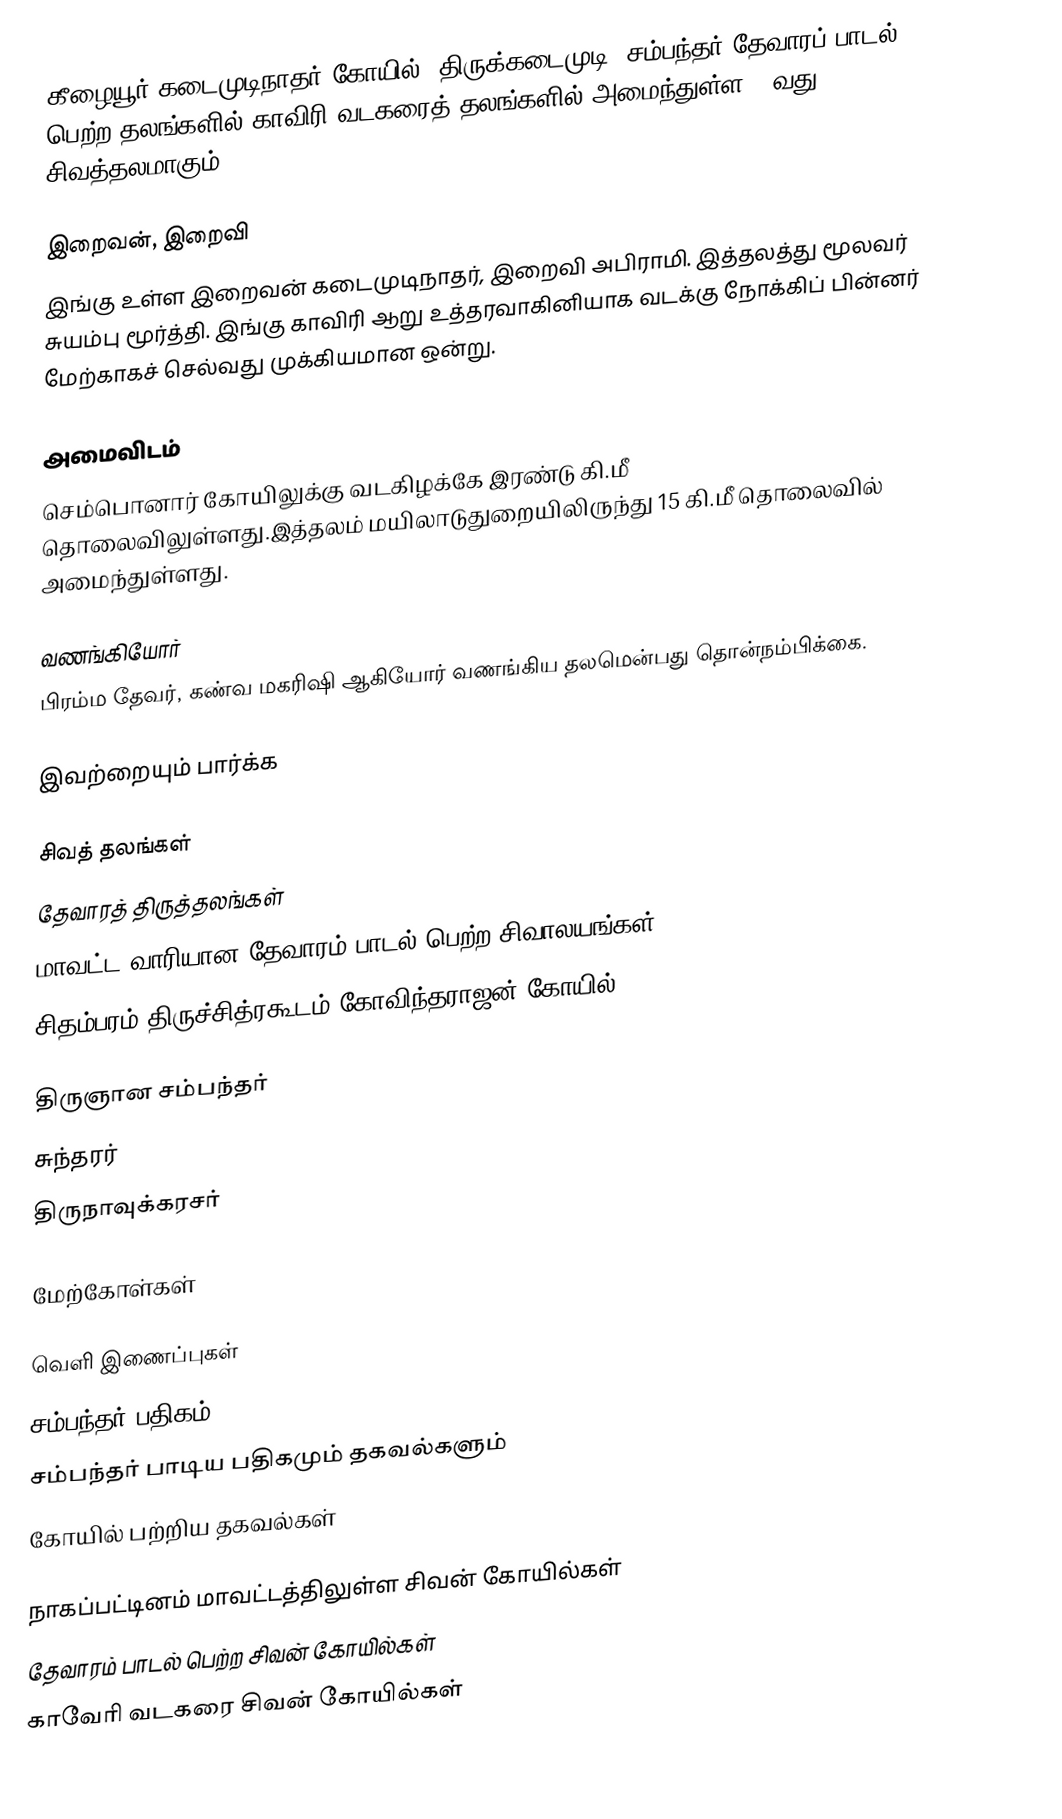
கீழையூர் கடைமுடிநாதர் கோயில் (திருக்கடைமுடி) சம்பந்தர் தேவாரப் பாடல் பெற்ற தலங்களில் காவிரி வடகரைத் தலங்களில் அமைந்துள்ள 18வது சிவத்தலமாகும்.

இறைவன், இறைவி
இங்கு உள்ள இறைவன் கடைமுடிநாதர், இறைவி அபிராமி. இத்தலத்து மூலவர் சுயம்பு மூர்த்தி. இங்கு காவிரி ஆறு உத்தரவாகினியாக வடக்கு நோக்கிப் பின்னர் மேற்காகச் செல்வது முக்கியமான ஒன்று.

அமைவிடம்
செம்பொனார் கோயிலுக்கு வடகிழக்கே இரண்டு கி.மீ தொலைவிலுள்ளது.இத்தலம்  மயிலாடுதுறையிலிருந்து 15 கி.மீ தொலைவில் அமைந்துள்ளது.

வணங்கியோர்
பிரம்ம தேவர், கண்வ மகரிஷி ஆகியோர் வணங்கிய தலமென்பது தொன்நம்பிக்கை.

இவற்றையும் பார்க்க

 சிவத் தலங்கள்
 தேவாரத் திருத்தலங்கள்
 மாவட்ட வாரியான தேவாரம் பாடல் பெற்ற சிவாலயங்கள்
 சிதம்பரம் திருச்சித்ரகூடம் கோவிந்தராஜன் கோயில்

 திருஞான சம்பந்தர்
 சுந்தரர்
 திருநாவுக்கரசர்

மேற்கோள்கள்

வெளி இணைப்புகள்
 சம்பந்தர் பதிகம்
 சம்பந்தர் பாடிய பதிகமும் தகவல்களும்
 கோயில் பற்றிய தகவல்கள்

நாகப்பட்டினம் மாவட்டத்திலுள்ள சிவன் கோயில்கள்
தேவாரம் பாடல் பெற்ற சிவன் கோயில்கள்
காவேரி வடகரை சிவன் கோயில்கள்